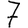
Digit: 7